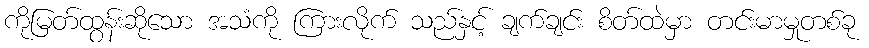
ကိုမြတ်ထွန်းဆိုသော အသံကို ကြားလိုက် သည်နှင့် ချက်ချင်း စိတ်ထဲမှာ တင်းမာမှုတစ်ခု